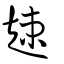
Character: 趚